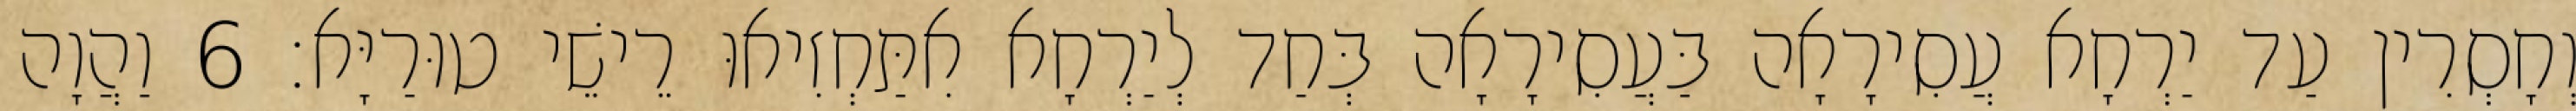
וְחָסְרִין עַד יַרְחָא עֲסִירָאָה בַּעֲסִירָאָה בְּחַד לְיַרְחָא אִתַּחְזִיאוּ רֵישֵׁי טוּרַיָּא׃ 6 וַהֲוָה